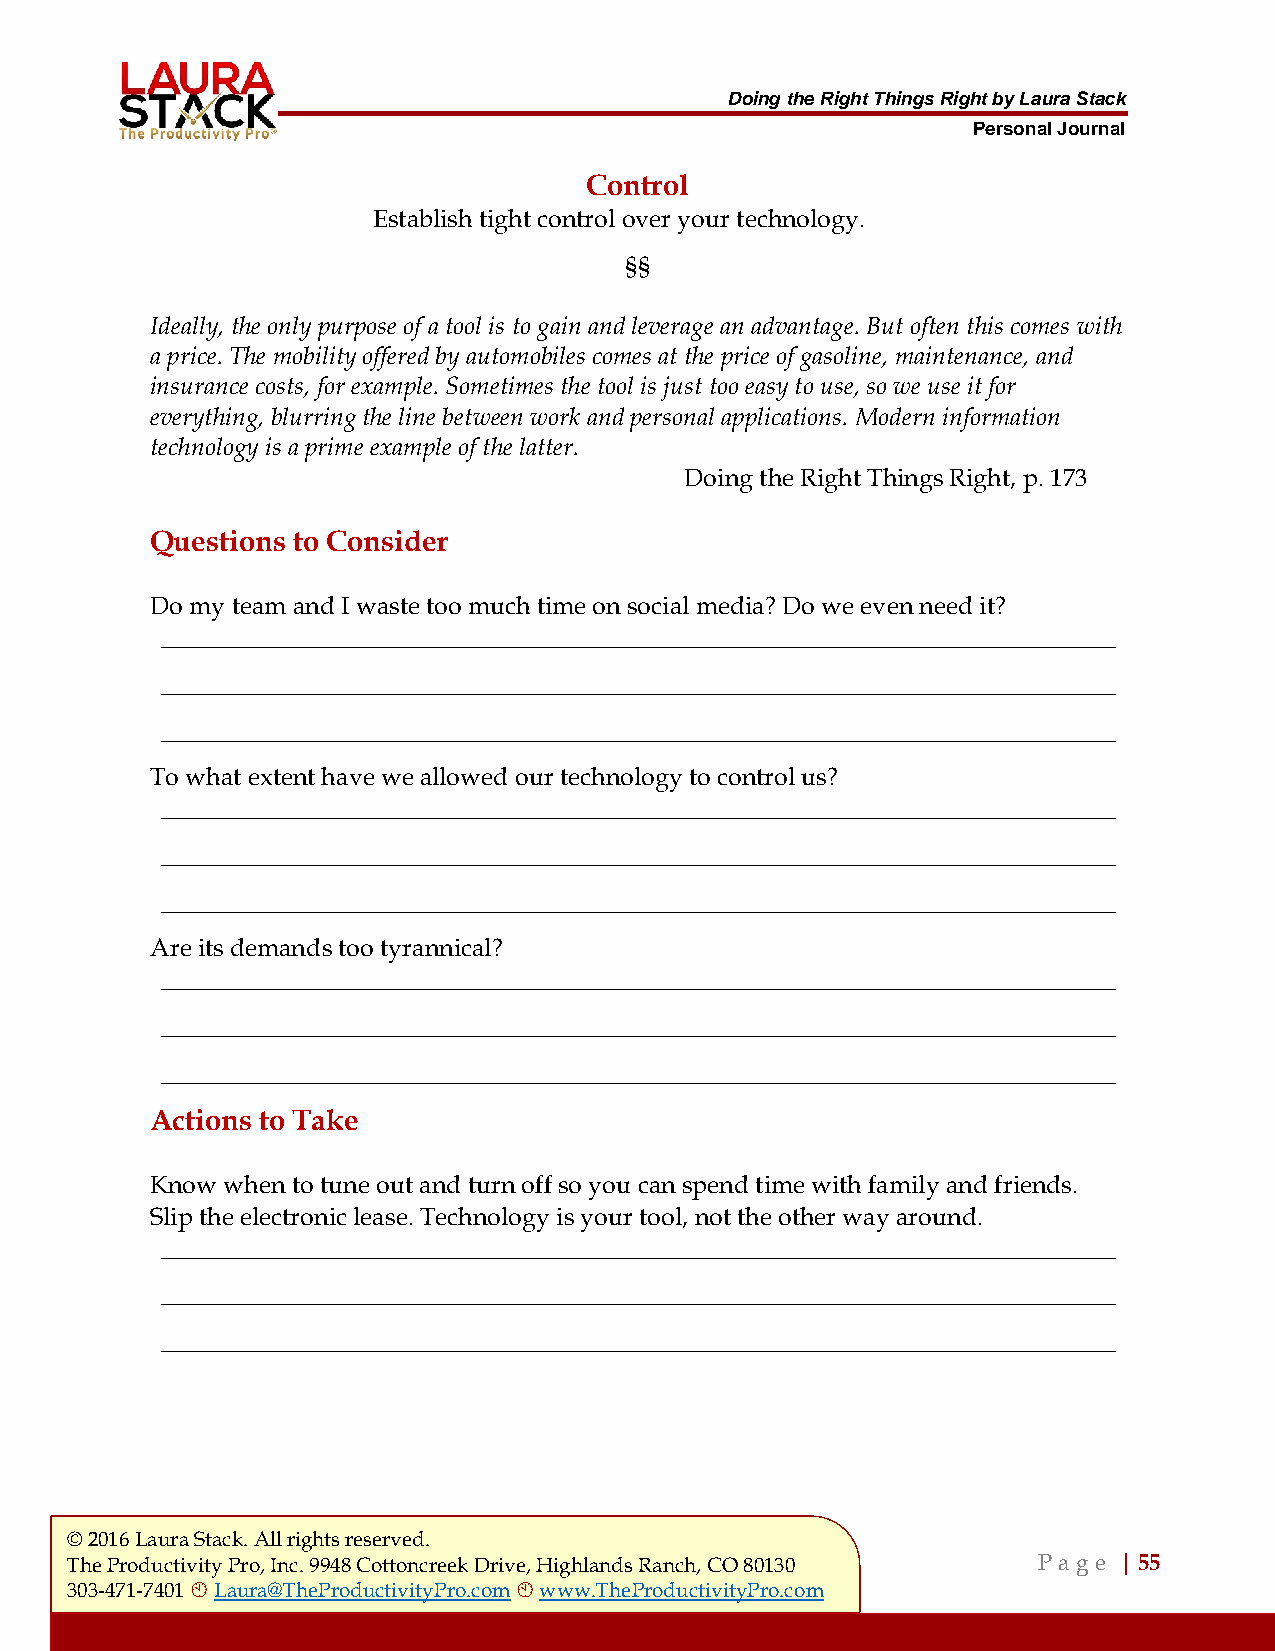
Doing the Right Things Right by Laura Stack
 Personal Journal
 Control
 Establish tight control over your technology.
 §§
 Ideally, the only purpose of a tool is to gain and leverage an advantage. But often this comes with
 a price. The mobility offered by automobiles comes at the price of gasoline, maintenance, and
 insurance costs, for example. Sometimes the tool is just too easy to use, so we use it for
 everything, blurring the line between work and personal applications. Modern information
 technology is a prime example of the latter.
 Doing the Right Things Right, p. 173
 Questions to Consider
 Do my team and I waste too much time on social media? Do we even need it?
 ___________________________________________________________________________________
 ___________________________________________________________________________________
 ___________________________________________________________________________________
 To what extent have we allowed our technology to control us?
 ___________________________________________________________________________________
 ___________________________________________________________________________________
 ___________________________________________________________________________________
 Are its demands too tyrannical?
 ___________________________________________________________________________________
 ___________________________________________________________________________________
 ___________________________________________________________________________________
 Actions to Take
 Know when to tune out and turn off so you can spend time with family and friends.
 Slip the electronic lease. Technology is your tool, not the other way around.
 ___________________________________________________________________________________
 ___________________________________________________________________________________
 ___________________________________________________________________________________
 © 2016 Laura Stack. All rights reserved.
 The Productivity Pro, Inc. 9948 Cottoncreek Drive, Highlands Ranch, CO 80130 P a ge | 55
 303-471-7401  Laura@TheProductivityPro.com  www.TheProductivityPro.com